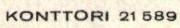
KONTTORI 21 589